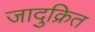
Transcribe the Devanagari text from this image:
जादुक्रित